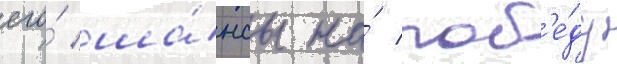
его́ ша́нсы на́ поб'е́ду